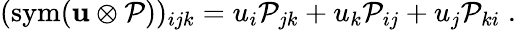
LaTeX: (\operatorname{sym}(\mathbf{u}\otimes\mathcal{P}))_{ijk}=u_{i}\mathcal{P}_{jk}+u_{k}\mathcal{P}_{ij}+u_{j}\mathcal{P}_{ki}\; .